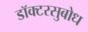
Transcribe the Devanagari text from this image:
डॉक्टरसुबोध